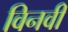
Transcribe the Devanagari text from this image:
विनवी